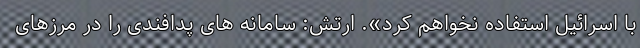
با اسرائیل استفاده نخواهم کرد». ارتش: سامانه های پدافندی را در مرزهای